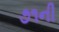
૭૧ની